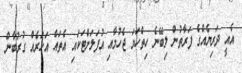
އެއީ ދަރިޔެއްގެ ފަރާތުން ލިބޭނެ ހިތްހަމަ ޖެހުމާއި އުފަލަށްޓަކައި އެތައް އަހަރެއް ގުރުބާން